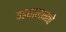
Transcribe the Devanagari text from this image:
पडद्यामागचे